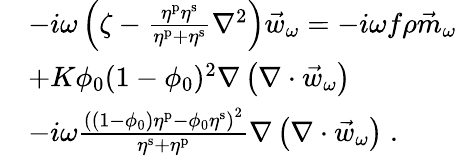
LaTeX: \begin{array}{rl}&{-i\omega\left(\zeta-\frac{\eta^{\mathrm{p}}\eta^{\mathrm{s}}}{\eta^{\mathrm{p}}+\eta^{\mathrm{s}}}\nabla^{2}\right)\vec{w}_{\omega}=-i\omega f\rho\vec{m}_{\omega}}\\ &{+K\phi_{0}(1-\phi_{0})^{2}\nabla\left(\nabla\cdot\vec{w}_{\omega}\right)}\\ &{-i\omega\frac{\left((1-\phi_{0})\eta^{\mathrm{p}}-\phi_{0}\eta^{\mathrm{s}}\right)^{2}}{\eta^{\mathrm{s}}+\eta^{\mathrm{p}}}\nabla\left(\nabla\cdot\vec{w}_{\omega}\right)\; .}\end{array}